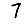
Digit: 7